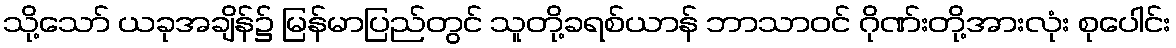
သို့သော် ယခုအချိန်၌ မြန်မာပြည်တွင် သူတို့ခရစ်ယာန် ဘာသာဝင် ဂိုဏ်းတို့အားလုံး စုပေါင်း